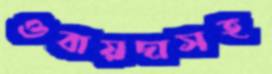
ওবায়দাসহ